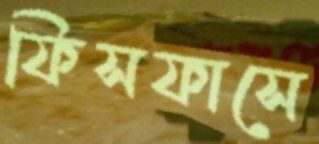
ফিসফাসে